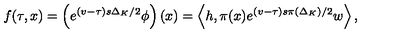
f ( \tau , x ) = \left( e ^ { ( v - \tau ) s \Delta _ { K } / 2 } \phi \right) \left( x \right) = \left\langle h , \pi ( x ) e ^ { ( v - \tau ) s \pi \left( \Delta _ { K } \right) / 2 } w \right\rangle ,